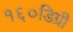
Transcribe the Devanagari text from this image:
१६०डिग्री